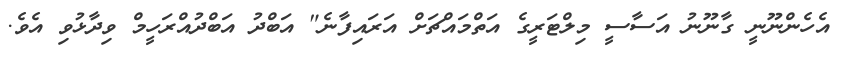
އެހެންނޫނީ ގާނޫނު އަސާސީ މިލްޓަރީގެ އަތްމައްޗަށް އަރައިފާނެ" އަބްދު އަބްދުއްރަހީމް ވިދާޅުވި އެވެ.